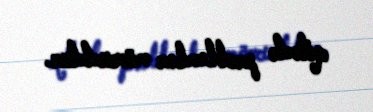
qitədə problemlər mövcuddur.